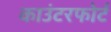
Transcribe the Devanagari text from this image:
काउंटरफोर्ट